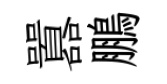
囂鵬